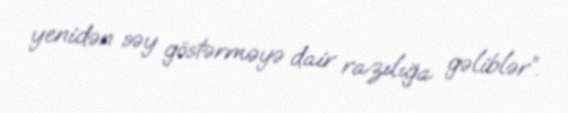
yenidən səy göstərməyə dair razılığa gəliblər”.